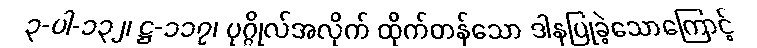
၃-ပါ-၁၃၂၊ ဋ္ဌ-၁၁၇၊ ပုဂ္ဂိုလ်အလိုက် ထိုက်တန်သော ဒါနပြုခဲ့သောကြောင့်